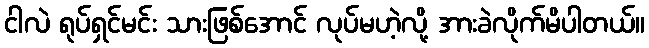
ငါလဲ ရုပ်ရှင်မင်း သားဖြစ်အောင် လုပ်မဟဲ့လို့ အားခဲလိုက်မိပါတယ်။